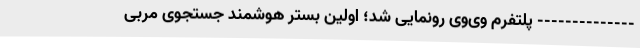
-------------- پلتفرم وی‌وی رونمایی شد؛ اولین بستر هوشمند جستجوی مربی